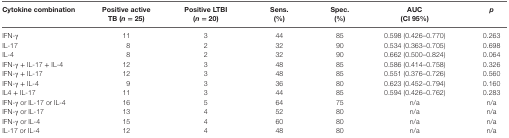
<table><thead><tr><td><b>Cytokine combination</b></td><td><b>Positive active TB (<i>n</i> = 25)</b></td><td><b>Positive LTBI (<i>n</i> = 20)</b></td><td><b>Sens. (%)</b></td><td><b>Spec. (%)</b></td><td><b>AUC (CI 95%)</b></td><td><b><i>p</i></b></td></tr></thead><tbody><tr><td>IFN-γ</td><td>11</td><td>3</td><td>44</td><td>85</td><td>0.598 (0.426–0.770)</td><td>0.263</td></tr><tr><td>IL-17</td><td>8</td><td>2</td><td>32</td><td>90</td><td>0.534 (0.363–0.705)</td><td>0.698</td></tr><tr><td>IL-4</td><td>8</td><td>2</td><td>32</td><td>90</td><td>0.662 (0.500–0.824)</td><td>0.064</td></tr><tr><td>IFN-γ + IL-17 + IL-4</td><td>12</td><td>3</td><td>48</td><td>85</td><td>0.586 (0.414–0.758)</td><td>0.326</td></tr><tr><td>IFN-γ + IL-17</td><td>12</td><td>3</td><td>48</td><td>85</td><td>0.551 (0.376–0.726)</td><td>0.560</td></tr><tr><td>IFN-γ + IL-4</td><td>9</td><td>3</td><td>36</td><td>80</td><td>0.623 (0.452–0.794)</td><td>0.160</td></tr><tr><td>IL4 + IL-17</td><td>11</td><td>3</td><td>44</td><td>85</td><td>0.594 (0.426–0.762)</td><td>0.283</td></tr><tr><td>IFN-γ or IL-17 or IL-4</td><td>16</td><td>5</td><td>64</td><td>75</td><td>n/a</td><td>n/a</td></tr><tr><td>IFN-γ or IL-17</td><td>13</td><td>4</td><td>52</td><td>80</td><td>n/a</td><td>n/a</td></tr><tr><td>IFN-γ or IL-4</td><td>15</td><td>4</td><td>60</td><td>80</td><td>n/a</td><td>n/a</td></tr><tr><td>IL-17 or IL-4</td><td>12</td><td>4</td><td>48</td><td>80</td><td>n/a</td><td>n/a</td></tr></tbody></table>